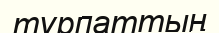
тұрпаттың